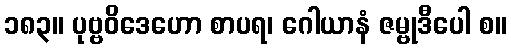
၁၈၃။ ပုဗ္ဗဝိဒေဟော စာပရ၊ ဂေါယာနံ ဇမ္ဗုဒီပေါ စ။